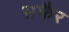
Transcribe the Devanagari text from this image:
सफैर